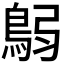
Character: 𩿴